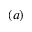
( a )